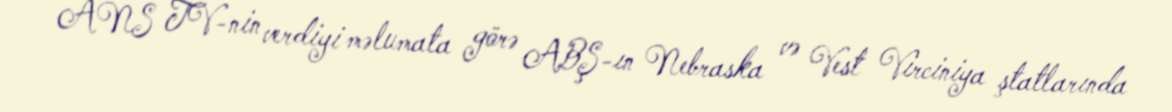
ANS TV-nin verdiyi məlumata görə ABŞ-ın Nebraska və Vest Virciniya ştatlarında